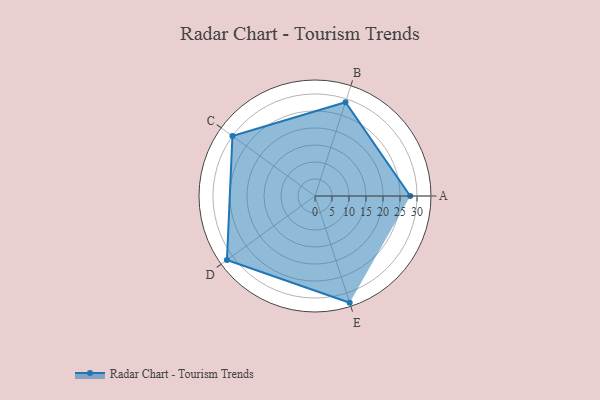
{"axis": {"x": "Skill", "y": "Score"}, "legend": ["Profile"], "data": [{"x": "A", "y": 28.0, "type": "Profile"}, {"x": "B", "y": 29.0, "type": "Profile"}, {"x": "C", "y": 30.0, "type": "Profile"}, {"x": "D", "y": 32.0, "type": "Profile"}, {"x": "E", "y": 33.0, "type": "Profile"}]}